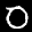
Label: 0